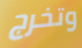
وتخرج